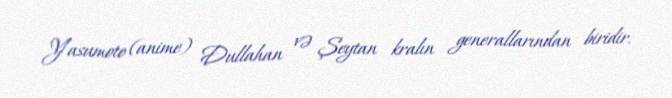
Yasumoto (anime) Dullahan və Şeytan kralın generallarından biridir.